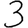
Digit: 3